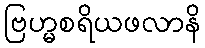
ဗြဟ္မစရိယဖလာနိ